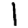
Digit: 1